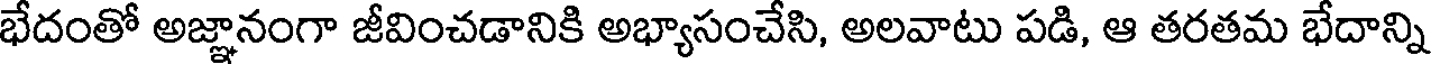
భేదంతో అజ్ఞానంగా జీవించడానికి అభ్యాసంచేసి, అలవాటు పడి, ఆ తరతమ భేదాన్ని